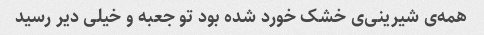
همه‌ی شیرینی‌ی خشک خورد شده بود تو جعبه و خیلی دیر رسید